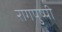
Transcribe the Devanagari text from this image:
रागपुष्पी